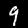
Digit: 9